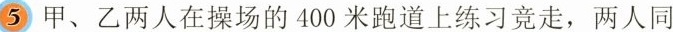
⑤甲、乙两人在操场的400米跑道上练习竞走，两人同